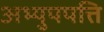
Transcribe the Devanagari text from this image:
अभ्युपपत्ति